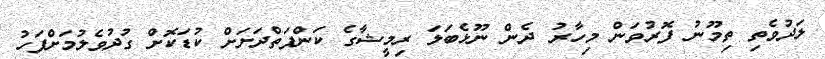
ލަދުވެތި ތިމޫނު ފޮރުވަން މިހާރު ދެން ނޫޅެބަލަ ރިމީޝާގެ ކަންފަތްދަށަށް ކުޑަކޮށް ގުދުވެލުމަށްފަހު